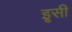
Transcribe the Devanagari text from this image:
इृसी